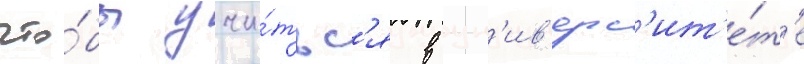
что́бы учи́тьс'я в ун'ив'ерс'ит'е́т'е